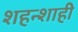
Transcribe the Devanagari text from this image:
शहन्शाही